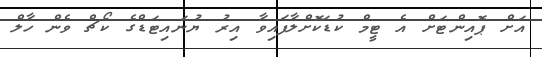
އަށް ޕޮއިންޓަށް އެ ޓީމް ކުޑަކޮށްލާފައިވާ އިރު ޔުނައިޓަޑްގެ ކޯޗް ވެން ހާލް